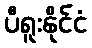
ပီရူးနိုင်ငံ